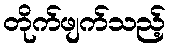
တိုက်ဖျက်သည့်